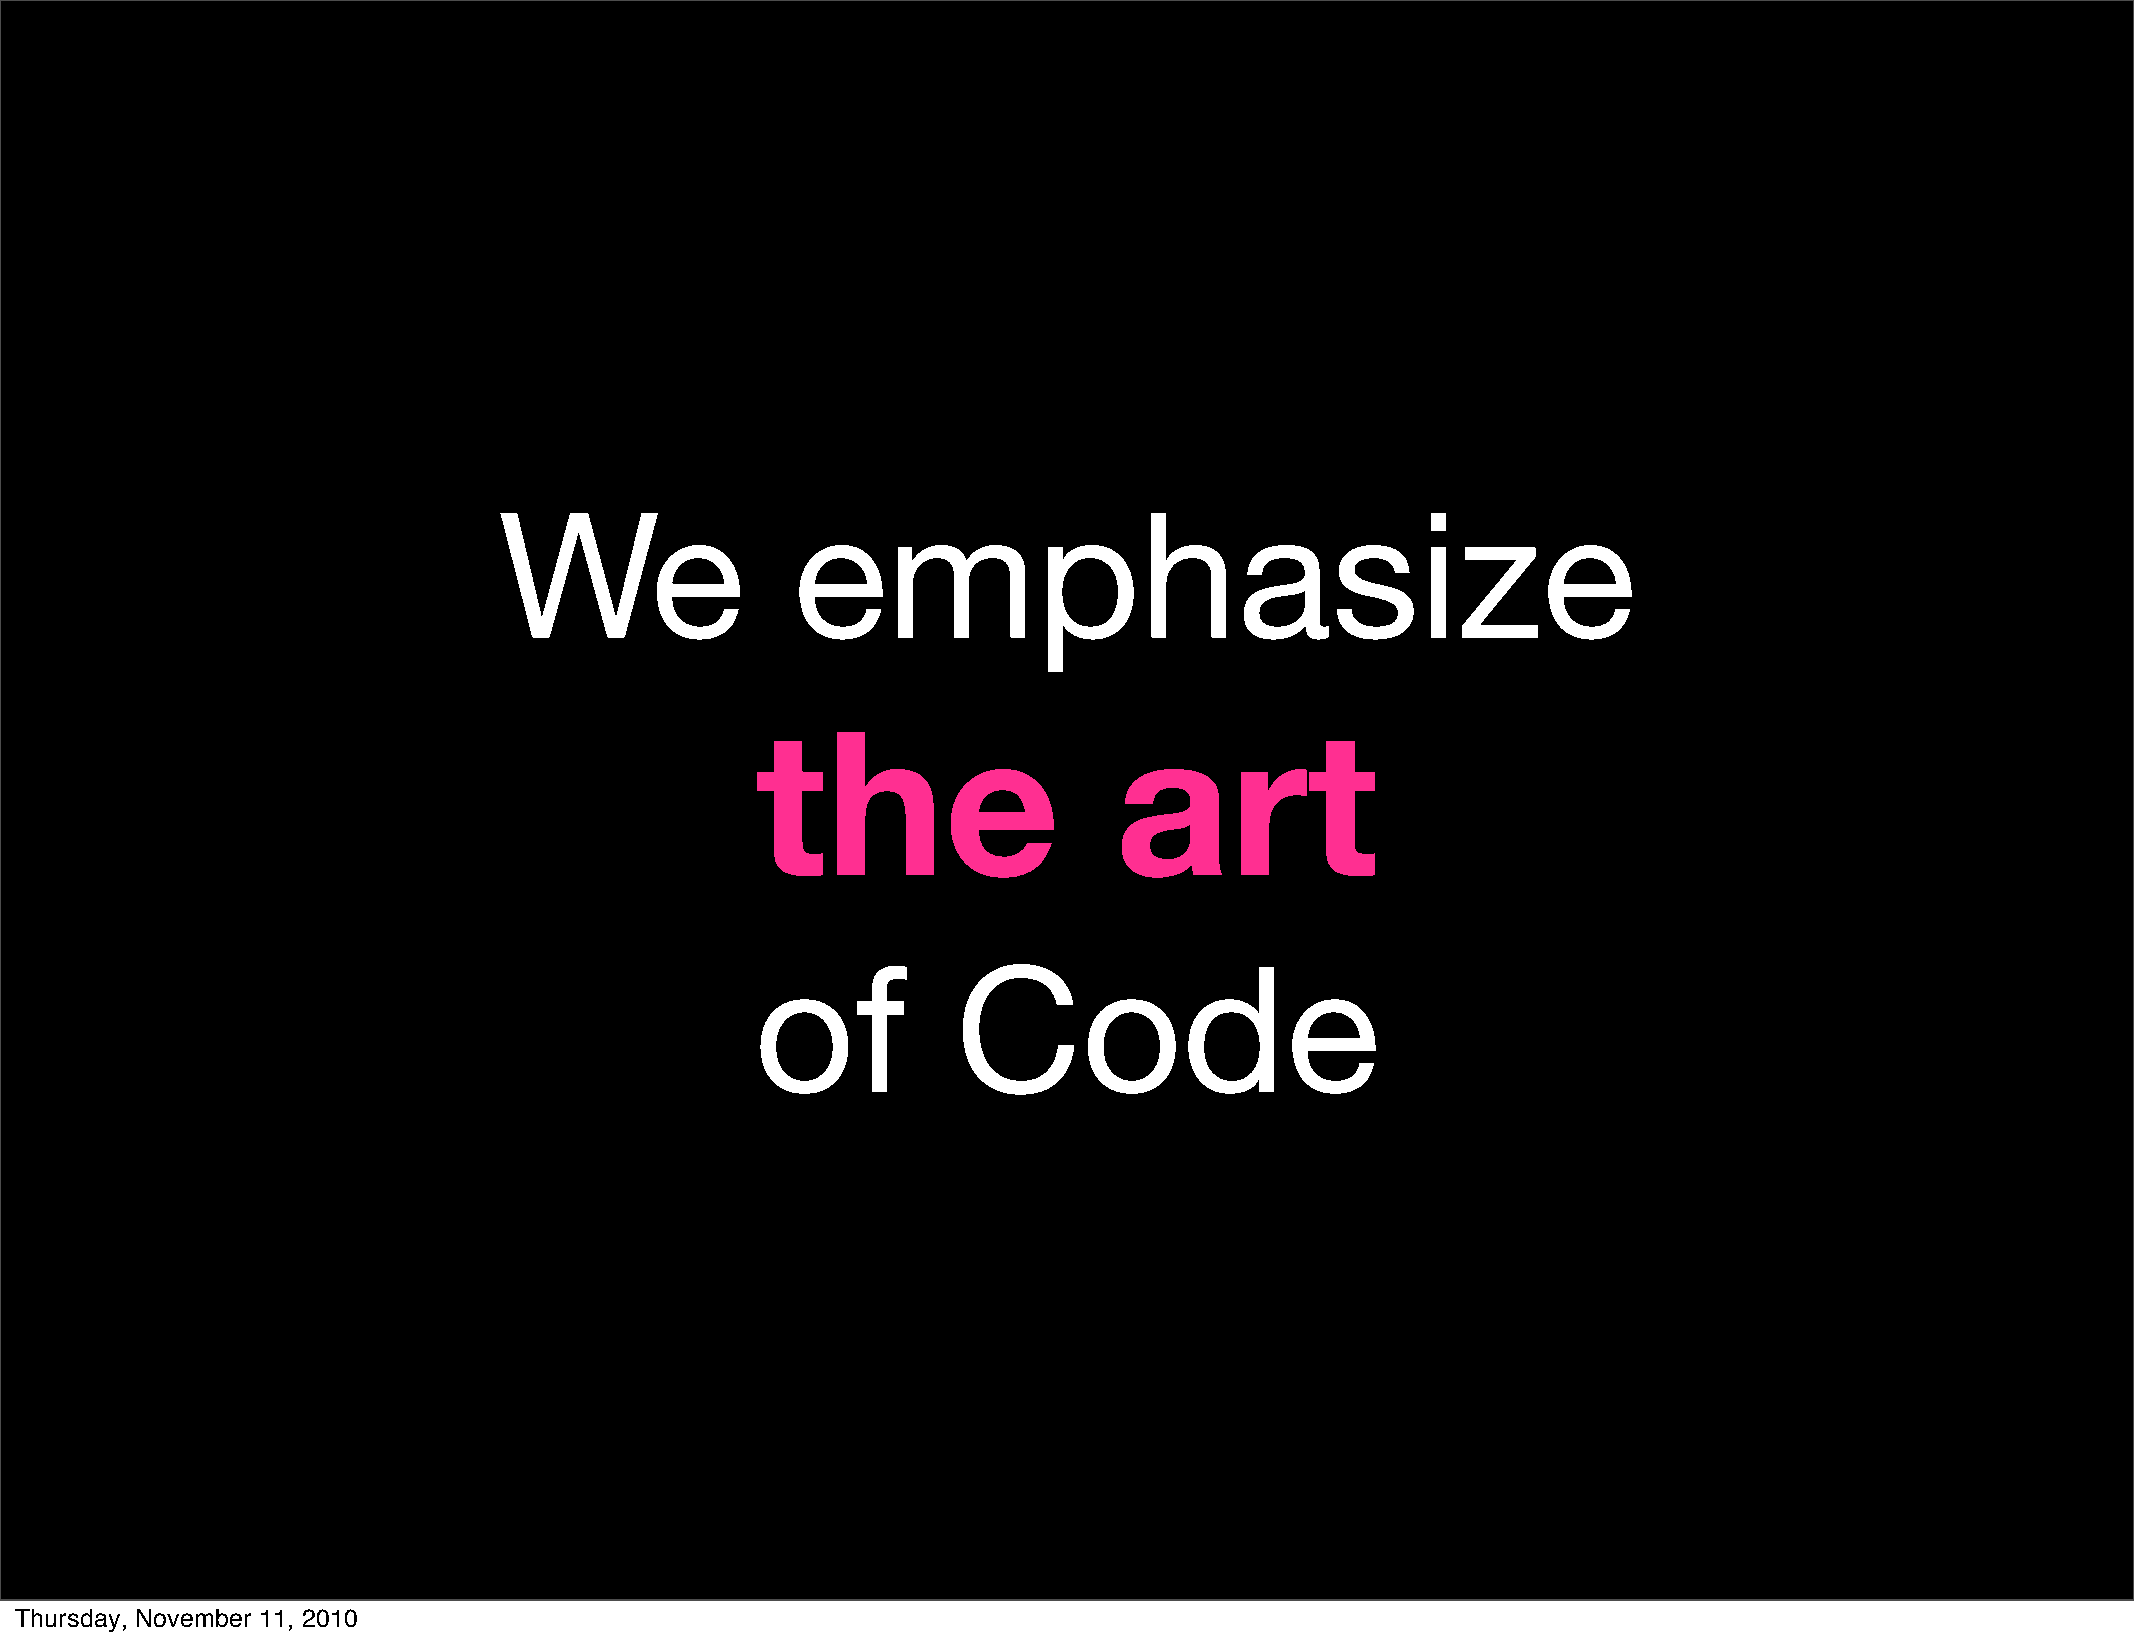
We                 emphasize
 the                     art
 of           Code
 Thursday, November 11, 2010